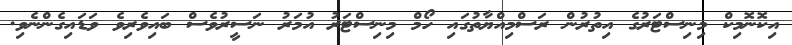
އިކޮނޮމިކް މިނިސްޓަރުގެ އިތުރުން ރަސްމިއްޔާތުގައި ހޯމް މިނިސްޓަރު އުމަރު ނަސީރުވެސް ބައިވެރިވެ ވަޑައިގެންނެވި.